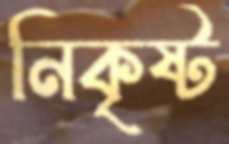
নিকৃষ্ট